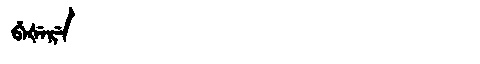
Manchu: ᠪᡝᡧᡝᡵᡝ
Romanization: BEŠERE